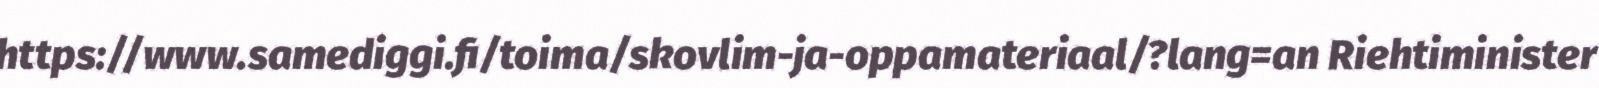
https://www.samediggi.fi/toima/skovlim-ja-oppamateriaal/?lang=an Riehtiminister